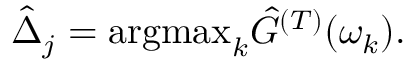
\hat { \Delta } _ { j } = \mathrm { a r g m a x } _ { k } \hat { G } ^ { ( T ) } ( \omega _ { k } ) .